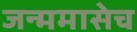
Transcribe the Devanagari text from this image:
जन्ममासेच